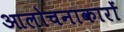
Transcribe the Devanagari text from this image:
आलोचनाकारों